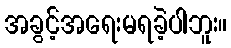
အခွင့်အရေးမရခဲ့ပါဘူး။